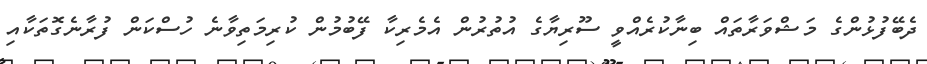
ދެބޭފުޅުންގެ މަޝްވަރާތައް ބިނާކުރެއްވީ ސޫރިޔާގެ އުތުރުން އެމެރިކާ ފޭބުމުން ކުރިމަތިވާނެ ހުސްކަން ފުރާނެގޮތަކާއި